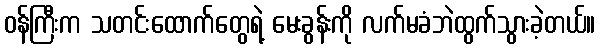
ဝန်ကြီးက သတင်းထောက်တွေရဲ့ မေးခွန်းကို လက်မခံဘဲထွက်သွားခဲ့တယ်။